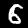
Label: 6